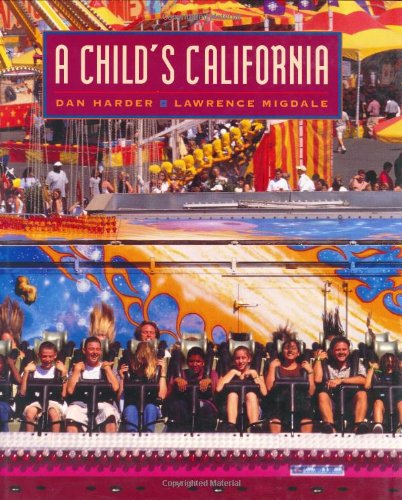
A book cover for A Child's California; Dan Harder; Children's Books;